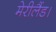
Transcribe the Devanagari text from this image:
मेरीलैंड।